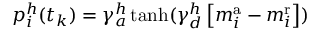
p _ { i } ^ { h } ( t _ { k } ) = \gamma _ { a } ^ { h } \operatorname { t a n h } ( \gamma _ { d } ^ { h } \left[ m _ { i } ^ { \mathrm { a } } - m _ { i } ^ { \mathrm { r } } \right] )